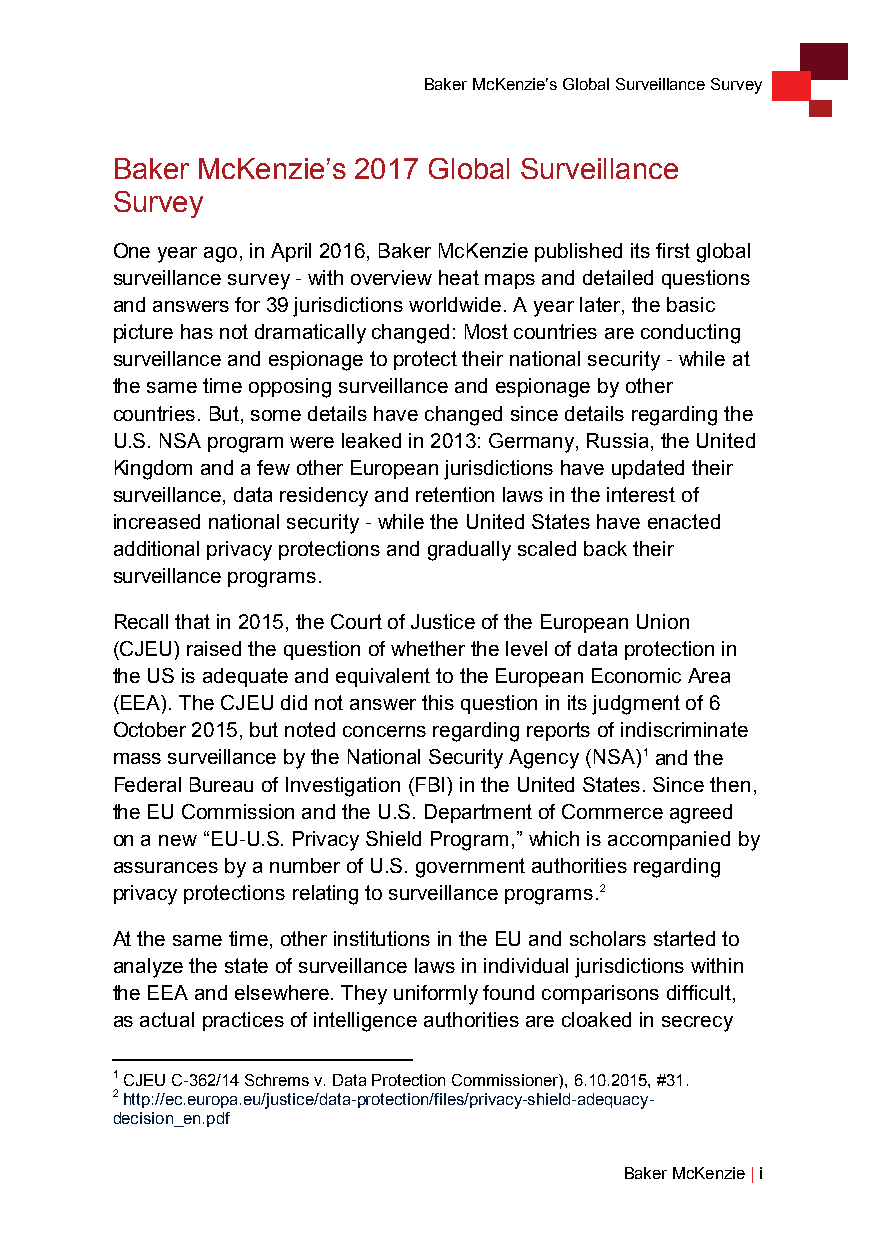
Baker McKenzie’s Global Surveillance Survey
 Baker McKenzie’s 2017 Global Surveillance
 Survey
 One year ago, in April 2016, Baker McKenzie published its first global
 surveillance survey - with overview heat maps and detailed questions
 and answers for 39 jurisdictions worldwide. A year later, the basic
 picture has not dramatically changed: Most countries are conducting
 surveillance and espionage to protect their national security - while at
 the same time opposing surveillance and espionage by other
 countries. But, some details have changed since details regarding the
 U.S. NSA program were leaked in 2013: Germany, Russia, the United
 Kingdom and a few other European jurisdictions have updated their
 surveillance, data residency and retention laws in the interest of
 increased national security - while the United States have enacted
 additional privacy protections and gradually scaled back their
 surveillance programs.
 Recall that in 2015, the Court of Justice of the European Union
 (CJEU) raised the question of whether the level of data protection in
 the US is adequate and equivalent to the European Economic Area
 (EEA). The CJEU did not answer this question in its judgment of 6
 October 2015, but noted concerns regarding reports of indiscriminate
 mass surveillance by the National Security Agency (NSA)1 and the
 Federal Bureau of Investigation (FBI) in the United States. Since then,
 the EU Commission and the U.S. Department of Commerce agreed
 on a new “EU-U.S. Privacy Shield Program,” which is accompanied by
 assurances by a number of U.S. government authorities regarding
 privacy protections relating to surveillance programs.2
 At the same time, other institutions in the EU and scholars started to
 analyze the state of surveillance laws in individual jurisdictions within
 the EEA and elsewhere. They uniformly found comparisons difficult,
 as actual practices of intelligence authorities are cloaked in secrecy
 1 CJEU C-362/14 Schrems v. Data Protection Commissioner), 6.10.2015, #31.
 2 http://ec.europa.eu/justice/data-protection/files/privacy-shield-adequacy-
 decision_en.pdf
 Baker McKenzie | i